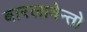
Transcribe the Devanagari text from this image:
बारलावेन्तो